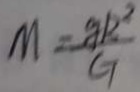
M = \frac { g k ^ { 2 } } { G }